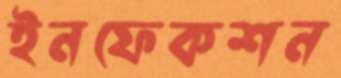
ইনফেকশন